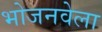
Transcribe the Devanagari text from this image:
भोजनवेला